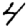
Digit: 4